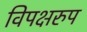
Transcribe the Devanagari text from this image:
विपक्षरुप